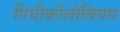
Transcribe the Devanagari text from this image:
पिथीकोलोबियम